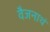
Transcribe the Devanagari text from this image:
वैजनाथं